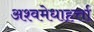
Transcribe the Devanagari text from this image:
अश्वमेधाहर्त्ता